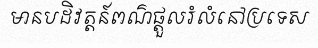
មានបដិវត្តន៍ពណ៌ផ្តួលរំលំនៅប្រទេស